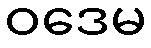
ဝဒေမ